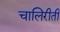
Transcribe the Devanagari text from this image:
चालिरीती